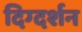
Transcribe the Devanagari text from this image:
दिग्‍दर्शन